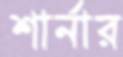
শার্নার